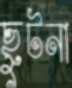
ছুটনা